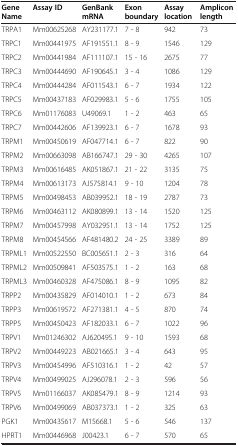
<table><thead><tr><td><b>Gene Name</b></td><td><b>Assay ID</b></td><td><b>GenBank mRNA</b></td><td><b>Exon boundary</b></td><td><b>Assay location</b></td><td><b>Amplicon length</b></td></tr></thead><tbody><tr><td>TRPA1</td><td>Mm00625268</td><td>AY231177.1</td><td>7 - 8</td><td>942</td><td>73</td></tr><tr><td>TRPC1</td><td>Mm00441975</td><td>AF191551.1</td><td>8 - 9</td><td>1546</td><td>129</td></tr><tr><td>TRPC2</td><td>Mm00441984</td><td>AF111107.1</td><td>15 - 16</td><td>2675</td><td>77</td></tr><tr><td>TRPC3</td><td>Mm00444690</td><td>AF190645.1</td><td>3 - 4</td><td>1086</td><td>129</td></tr><tr><td>TRPC4</td><td>Mm00444284</td><td>AF011543.1</td><td>6 - 7</td><td>1934</td><td>122</td></tr><tr><td>TRPC5</td><td>Mm00437183</td><td>AF029983.1</td><td>5 - 6</td><td>1755</td><td>105</td></tr><tr><td>TRPC6</td><td>Mm01176083</td><td>U49069.1</td><td>1 - 2</td><td>463</td><td>65</td></tr><tr><td>TRPC7</td><td>Mm00442606</td><td>AF139923.1</td><td>6 - 7</td><td>1678</td><td>93</td></tr><tr><td>TRPM1</td><td>Mm00450619</td><td>AF047714.1</td><td>6 - 7</td><td>822</td><td>90</td></tr><tr><td>TRPM2</td><td>Mm00663098</td><td>AB166747.1</td><td>29 - 30</td><td>4265</td><td>107</td></tr><tr><td>TRPM3</td><td>Mm00616485</td><td>AK051867.1</td><td>21 - 22</td><td>3135</td><td>75</td></tr><tr><td>TRPM4</td><td>Mm00613173</td><td>AJ575814.1</td><td>9 - 10</td><td>1204</td><td>78</td></tr><tr><td>TRPM5</td><td>Mm00498453</td><td>AB039952.1</td><td>18 - 19</td><td>2787</td><td>73</td></tr><tr><td>TRPM6</td><td>Mm00463112</td><td>AK080899.1</td><td>13 - 14</td><td>1520</td><td>125</td></tr><tr><td>TRPM7</td><td>Mm00457998</td><td>AY032951.1</td><td>13 - 14</td><td>1752</td><td>125</td></tr><tr><td>TRPM8</td><td>Mm00454566</td><td>AF481480.2</td><td>24 - 25</td><td>3389</td><td>89</td></tr><tr><td>TRPML1</td><td>Mm00522550</td><td>BC005651.1</td><td>2 - 3</td><td>316</td><td>64</td></tr><tr><td>TRPML2</td><td>Mm00509841</td><td>AF503575.1</td><td>1 - 2</td><td>163</td><td>68</td></tr><tr><td>TRPML3</td><td>Mm00460328</td><td>AF475086.1</td><td>8 - 9</td><td>1095</td><td>82</td></tr><tr><td>TRPP2</td><td>Mm00435829</td><td>AF014010.1</td><td>1 - 2</td><td>673</td><td>84</td></tr><tr><td>TRPP3</td><td>Mm00619572</td><td>AF271381.1</td><td>4 - 5</td><td>870</td><td>74</td></tr><tr><td>TRPP5</td><td>Mm00450423</td><td>AF182033.1</td><td>6 - 7</td><td>1022</td><td>96</td></tr><tr><td>TRPV1</td><td>Mm01246302</td><td>AJ620495.1</td><td>9 - 10</td><td>1593</td><td>68</td></tr><tr><td>TRPV2</td><td>Mm00449223</td><td>AB021665.1</td><td>3 - 4</td><td>643</td><td>95</td></tr><tr><td>TRPV3</td><td>Mm00454996</td><td>AF510316.1</td><td>1 - 2</td><td>42</td><td>57</td></tr><tr><td>TRPV4</td><td>Mm00499025</td><td>AJ296078.1</td><td>2 - 3</td><td>596</td><td>56</td></tr><tr><td>TRPV5</td><td>Mm01166037</td><td>AK085479.1</td><td>8 - 9</td><td>1214</td><td>93</td></tr><tr><td>TRPV6</td><td>Mm00499069</td><td>AB037373.1</td><td>1 - 2</td><td>325</td><td>63</td></tr><tr><td>PGK1</td><td>Mm00435617</td><td>M15668.1</td><td>5 - 6</td><td>546</td><td>137</td></tr><tr><td>HPRT1</td><td>Mm00446968</td><td>J00423.1</td><td>6 - 7</td><td>570</td><td>65</td></tr></tbody></table>